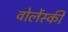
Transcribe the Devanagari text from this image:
वोलेंस्की